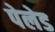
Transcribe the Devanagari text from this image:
पेलेड